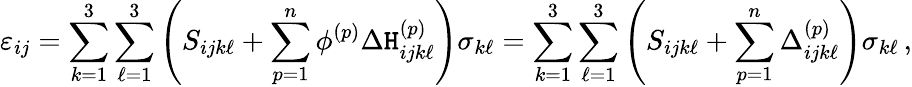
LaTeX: \varepsilon_{ij}=\sum_{k=1}^{3}\sum_{\ell=1}^{3}\left(S_{ijk\ell}+\sum_{p=1}^{n}\phi^{(p)}\Delta\mathtt{H}_{ijk\ell}^{(p)}\right)\sigma_{k\ell}=\sum_{k=1}^{3}\sum_{\ell=1}^{3}\left(S_{ijk\ell}+\sum_{p=1}^{n}\Delta_{ijk\ell}^{(p)}\right)\sigma_{k\ell}\, ,